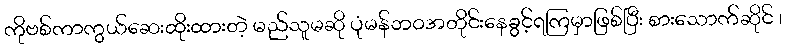
ကိုဗစ်ကာကွယ်ဆေးထိုးထားတဲ့ မည်သူမဆို ပုံမန်ဘဝအတိုင်းနေခွင့်ရကြမှာဖြစ်ပြီး စားသောက်ဆိုင် ၊